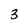
Character: 3